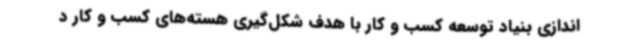
اندازی بنیاد توسعه کسب و کار با هدف شکل‌گیری هسته‌های کسب و کار د